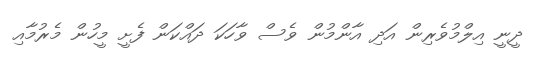
ދީނީ އިލްމުވެރިން އަދި އާންމުން ވެސް ވާހަކަ ދައްކަން ފެށީ މީހުން މެރުމާއި